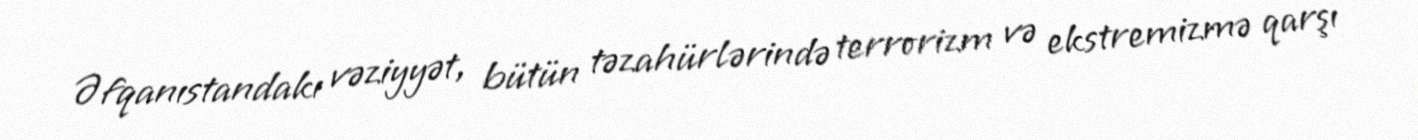
Əfqanıstandakı vəziyyət, bütün təzahürlərində terrorizm və ekstremizmə qarşı